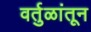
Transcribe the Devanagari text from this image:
वर्तुळांतून